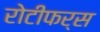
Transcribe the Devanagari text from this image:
रोटीफर्स